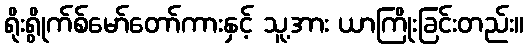
ရိုးရွိုက်စ်မော်တော်ကားနှင့် သူ့အား ယာကြိုးခြင်းတည်း။